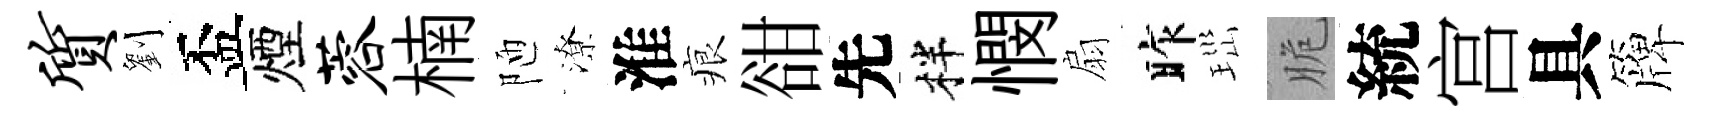
质劉盃煙蓉楠陋潦淮痕𧮳先柈憫扇昨𤤼脆統宫具簰